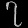
Digit: ၇